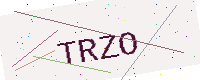
Text: TRZO